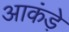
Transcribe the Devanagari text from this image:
आकंड़े